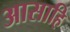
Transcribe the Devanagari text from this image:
आसाहि